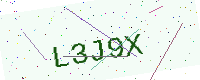
Text: L3J9X